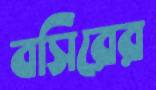
বসিরের